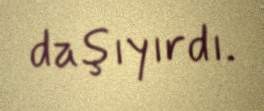
daşıyırdı.